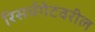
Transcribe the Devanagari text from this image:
रिसर्चगेटवरील